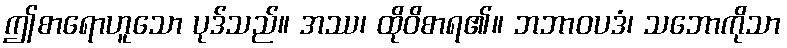
ဤစာရောဟူသော ပုဒ်သည်။ အဿ၊ ထိုဝိစာရ၏။ ဘဘာဝပဒံ၊ သဘောကိုသာ